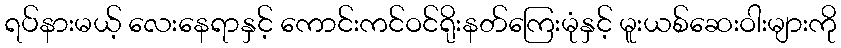
ရပ်နားမယ့် လေးနေရာနှင့် ကောင်းကင်ဝင်ရိုးနတ်ကြေးမုံနှင့် မူးယစ်ဆေးဝါးများကို